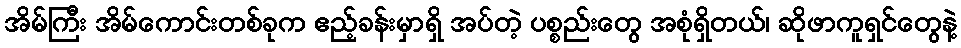
အိမ်ကြီး အိမ်ကောင်းတစ်ခုက ဧည့်ခန်းမှာရှိ အပ်တဲ့ ပစ္စည်းတွေ အစုံရှိတယ်၊ ဆိုဖာကူရှင်တွေနဲ့